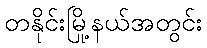
တနိုင်းမြို့နယ်အတွင်း